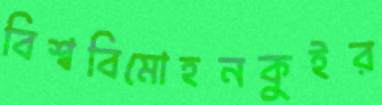
বিশ্ববিমোহনকুইর